Report of the Imperial Institute of Veterinary Research, Muktesar
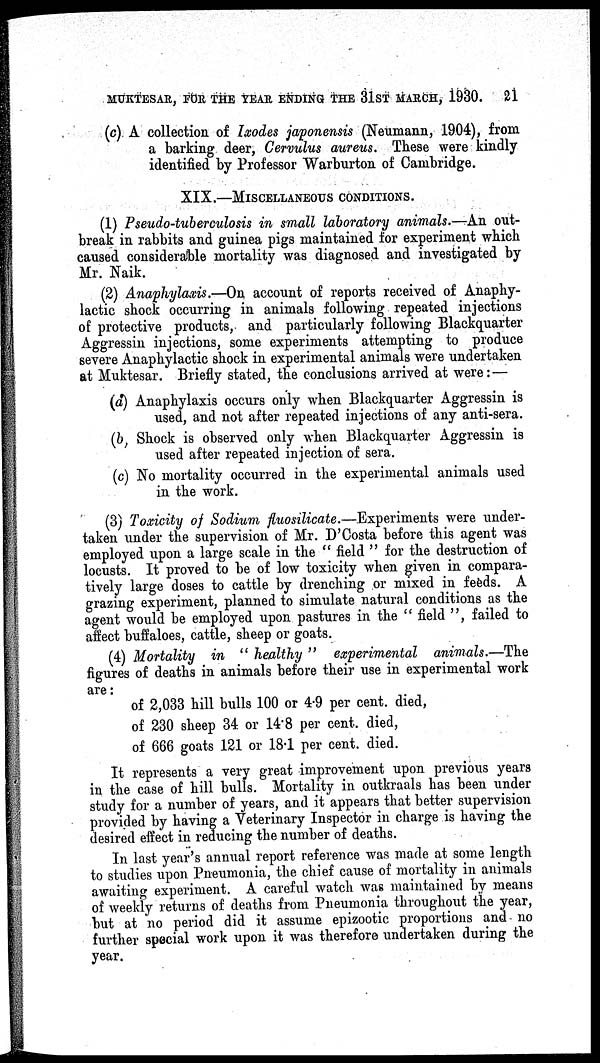
MUKTESAR, FOR THE YEAR ENDING THE 31ST MARCH, 1930.
21
(c) A collection of Ixodes japonensis (Neumann, 1904), from
a barking deer, Cervulus aureus. These were kindly
identified by Professor Warburton of Cambridge.
XIX.—MISCELLANEOUS CONDITIONS.
(1) Pseudo-tuberculosis in small laboratory animals.—An out-
break in rabbits and guinea pigs maintained for experiment which
caused considerable mortality was diagnosed and investigated by
Mr. Naik.
(2) Anaphylaxis.—On account of reports received of Anaphy-
lactic shock occurring in animals following repeated injections
of protective products, and particularly following Blackquarter
Aggressin injections, some experiments attempting to produce
severe Anaphylactic shock in experimental animals were undertaken
at Muktesar. Briefly stated, the conclusions arrived at were :—
(a) Anaphylaxis occurs only when Blackquarter Aggressin is
used, and not after repeated injections of any anti-sera.
(b) Shock is observed only when Blackquarter Aggressin is
used after repeated injection of sera.
(c) No mortality occurred in the experimental animals used
in the work.
(3) Toxicity of Sodium fluosilicate.—Experiments were under-
taken under the supervision of Mr. D'Costa before this agent was
employed upon a large scale in the " field " for the destruction of
locusts. It proved to be of low toxicity when given in compara-
tively large doses to cattle by drenching or mixed in feeds. A
grazing experiment, planned to simulate natural conditions as the
agent would be employed upon pastures in the " field ", failed to
affect buffaloes, cattle, sheep or goats.
(4) Mortality in " healthy " experimental animals.—The
figures of deaths in animals before their use in experimental work
are:
of 2,033 hill bulls 100 or 4.9 per cent. died,
of 230 sheep 34 or 14.8 per cent. died,
of 666 goats 121 or 18.1 per cent. died.
It represents a very great improvement upon previous years
in the case of hill bulls. Mortality in outkraals has been under
study for a number of years, and it appears that better supervision
provided by having a Veterinary Inspector in charge is having the
desired effect in reducing the number of deaths.
In last year's annual report reference was made at some length
to studies upon Pneumonia, the chief cause of mortality in animals
awaiting experiment. A careful watch was maintained by means
of weekly returns of deaths from Pneumonia throughout the year,
but at no period did it assume epizootic proportions and no
further special work upon it was therefore undertaken during the
year.